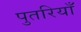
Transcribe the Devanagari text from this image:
पुतरियाँ